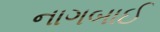
નાગબાઈ